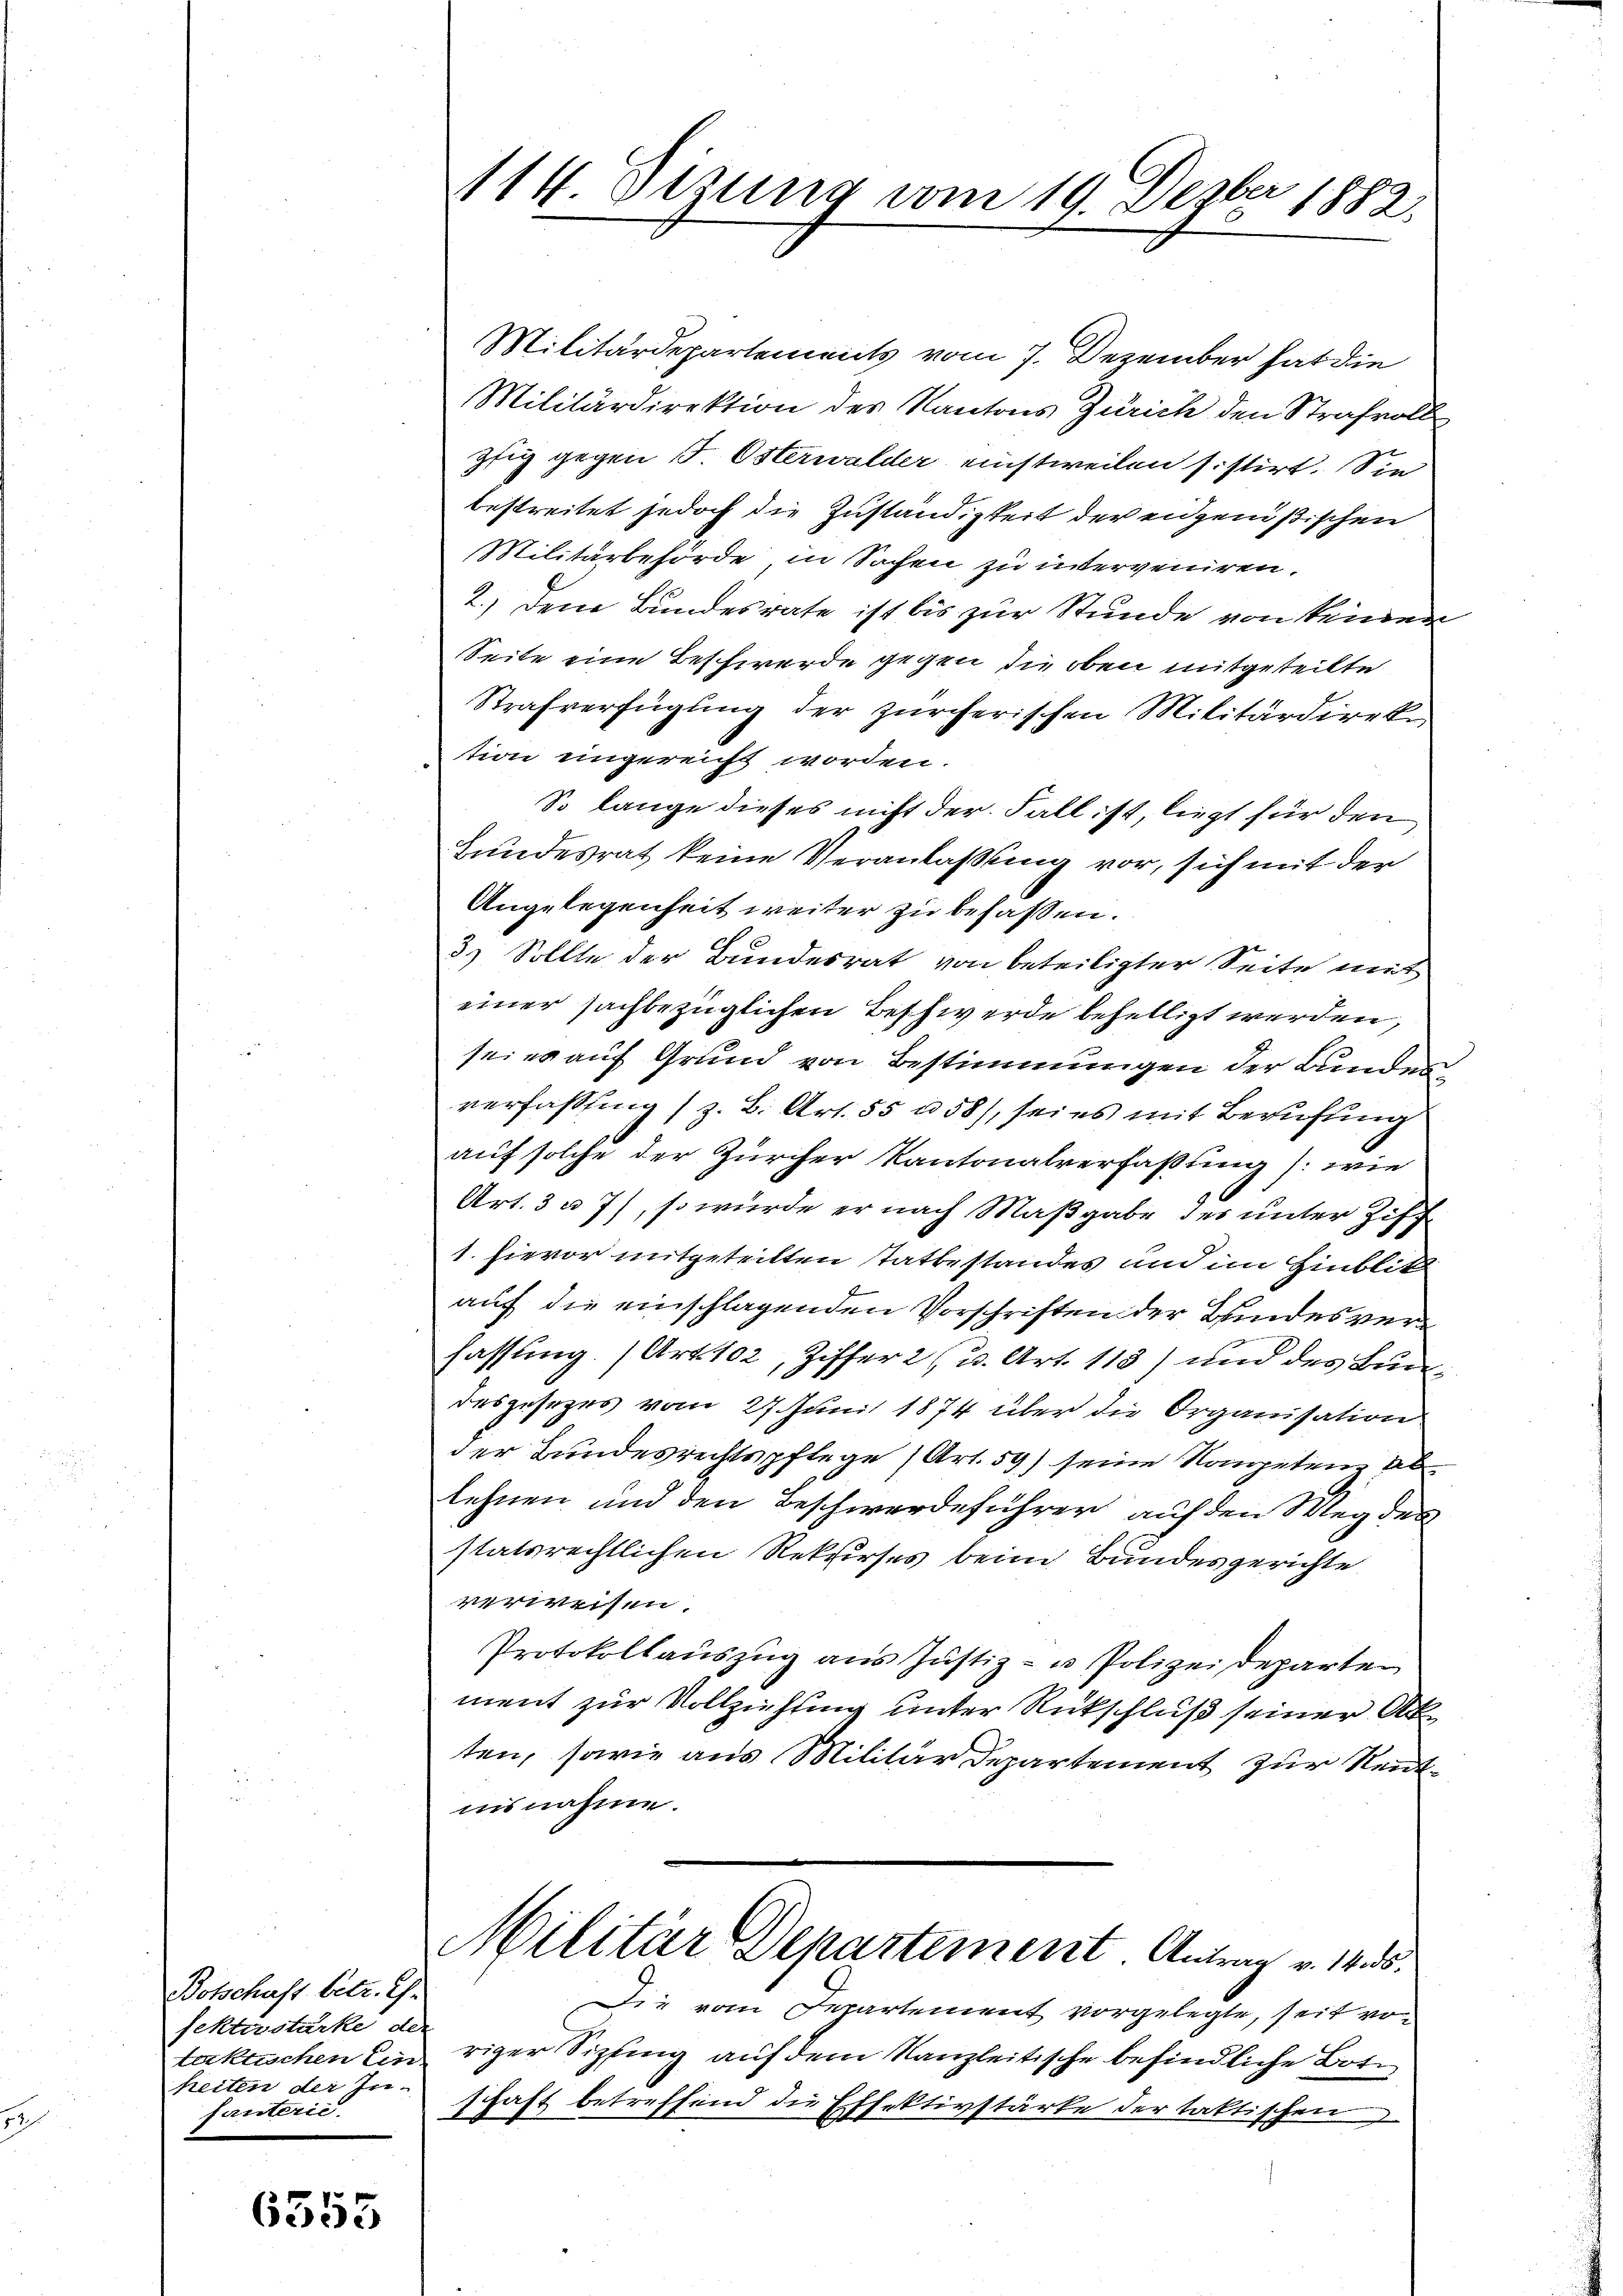
Botschaft betr. E
fektestarke der
heiten der In-
fanterie.

6355

114. Sizung vom 19. Dezbr 1882.

Militärdepartements vom 7. Dezember hat die
Militärdirektion des Kantons Zürich den Strafvoll
ztig gegen 5. Osterwalder einstweilen sistirt. Sie
bestreitet jedoch die Zuständigkeit der eidgenößischen
Militärbehörde in Sachen zu interveniren.
2.) Dem Bundesrate ist bis zur Stunde von keinen
Seite eine Beschwerde gegen die oben mitgeteilte
Strafverfügung der zürcherischen Militärdireke
tion eingereicht worden.
So lange dieses nicht der Fall ist, liegt für den
Bundesrat keine Veranlaßung vor, sich mit der
Angelegenheit weiter zu befassen.
3.) Sollte der Bundesrat von beteiligter Seite mit
einer sachbezüglichen Beschwerde behelligt werden,
sei es auf Grund von Bestimmungen der Bunden
verfassling (z. B. Art. 55 n 58), sei es mit Berufung
auf solche der Zürcher Kantonalverfaßung /: wie
Art. 3 u 7), so würde er nach Maßgabe der unter Ziff
1. hievor mitgeteilten Tatbestandes und im Hinblik
auf die einschlagenden Vorschriften der Bundesverfassung. (Art. 102, Ziffer 2 u. Art. 113) und des Bundesgesezes vom 27. Juni 1874 über die Organisation
der Bundesrechtspflege (Art. 59) seine Kompetenz ablehnen und den Beschwerdeführer auf den Weg des
statsrechtlichen Rekurses beim Bundesgerichte
verweisen.
Protokollauszug aus Justiz- u Polizeideparten
ment zur Vollziehung unter Rückschluß seiner Ak
ten, sowie aus Militär Departement zur Rentnisnahme.
Militär Departement. Antrag v. 1455.
Die vom Departement vorgelegte, seit votaktischen Ein riger Sipfing auf dem Kanzleitische befindliche Botschaft betreffend die Effektivstärke der taktischen